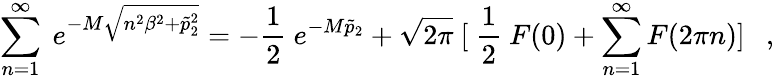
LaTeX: \sum_{n=1}^{\infty}~e^{-M\sqrt{n^{2}\beta^{2}+\tilde{p}_{2}^{2}}}=-\frac{1}{2}~e^{-M\tilde{p}_{2}}+\sqrt{2\pi}~[~\frac{1}{2}~F(0)+\sum_{n=1}^{\infty}F(2\pi n)]~~~,